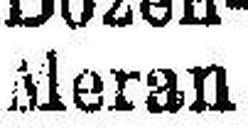
Meran